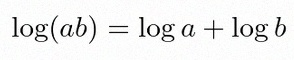
\log(ab)=\log a+\log b